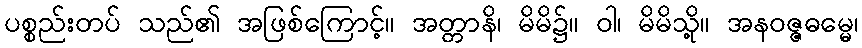
ပစ္စည်းတပ် သည်၏ အဖြစ်ကြောင့်။ အတ္တာနိ၊ မိမိ၌။ ဝါ၊ မိမိသို့။ အနဝဇ္ဇဓမ္မေ၊